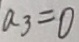
a _ { 3 } = 0